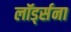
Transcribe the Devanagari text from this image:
लॉर्ड्सना